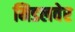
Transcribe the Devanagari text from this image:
मिडलवेर